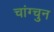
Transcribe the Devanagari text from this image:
चांग्चुन